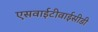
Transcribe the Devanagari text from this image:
एसवाईटीवाईसीडी